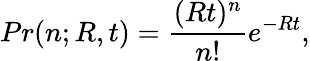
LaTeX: Pr(n;R,t)=\frac{(Rt)^{n}}{n!}e^{-Rt},